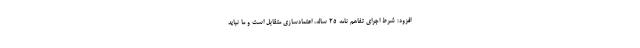
افزود: شرط اجرای تفاهم نامه ۲۵ ساله، اعتمادسازی متقابل است و ما نباید